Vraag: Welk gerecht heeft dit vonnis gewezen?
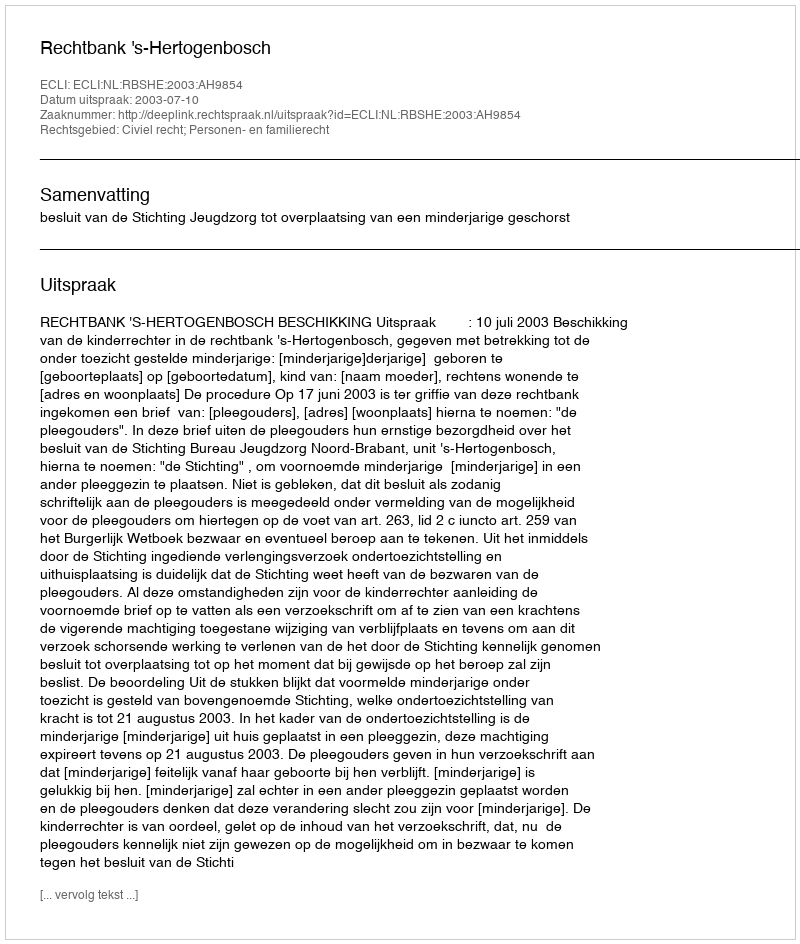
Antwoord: Rechtbank 's-Hertogenbosch